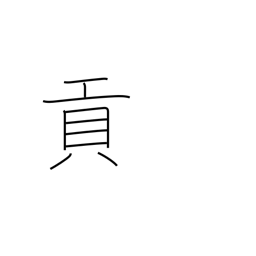
Meaning: tribute